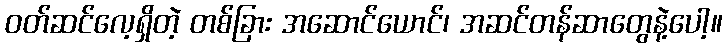
ဝတ်ဆင်လေ့ရှိတဲ့ တစ်ခြား အဆောင်ယောင်၊ အဆင်တန်ဆာတွေနဲ့ပေါ့။